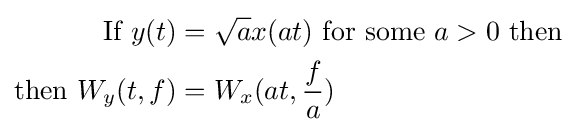
{\begin{aligned}{\text{If }}y(t)&={\sqrt {a}}x(at){\text{ for some }}a>0{\text{ then }}\\{\text{then }}W_{y}(t,f)&=W_{x}(at,{\frac {f}{a}})\end{aligned}}